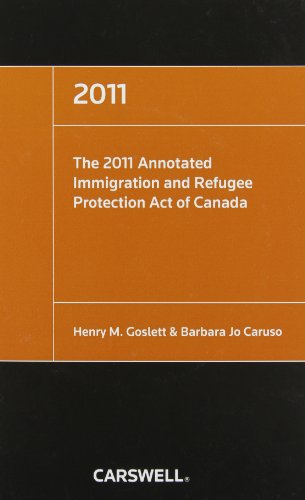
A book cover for The 2011 Annotated Immigration and Refugee Protection Act of Canada; Law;